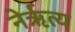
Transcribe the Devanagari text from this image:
नेर्ऋत्य